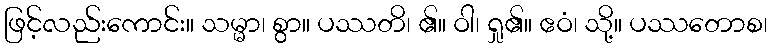
ဖြင့်လည်းကောင်း။ သမ္မာ၊ စွာ။ ပဿတိ၊ ၏။ ဝါ၊ ရှု၏။ ဧဝံ၊ သို့။ ပဿတောစ၊